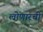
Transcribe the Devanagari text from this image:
लोणारची